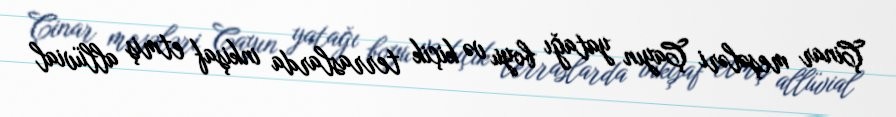
Çinar meşələri Çayın yatağı boyu və kiçik terraslarda inkişaf etmiş allüvial